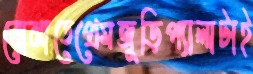
বোঝাতেপ্রেমজুড়িপ্যালাটাই